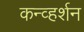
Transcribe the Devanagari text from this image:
कन्व्हर्शन